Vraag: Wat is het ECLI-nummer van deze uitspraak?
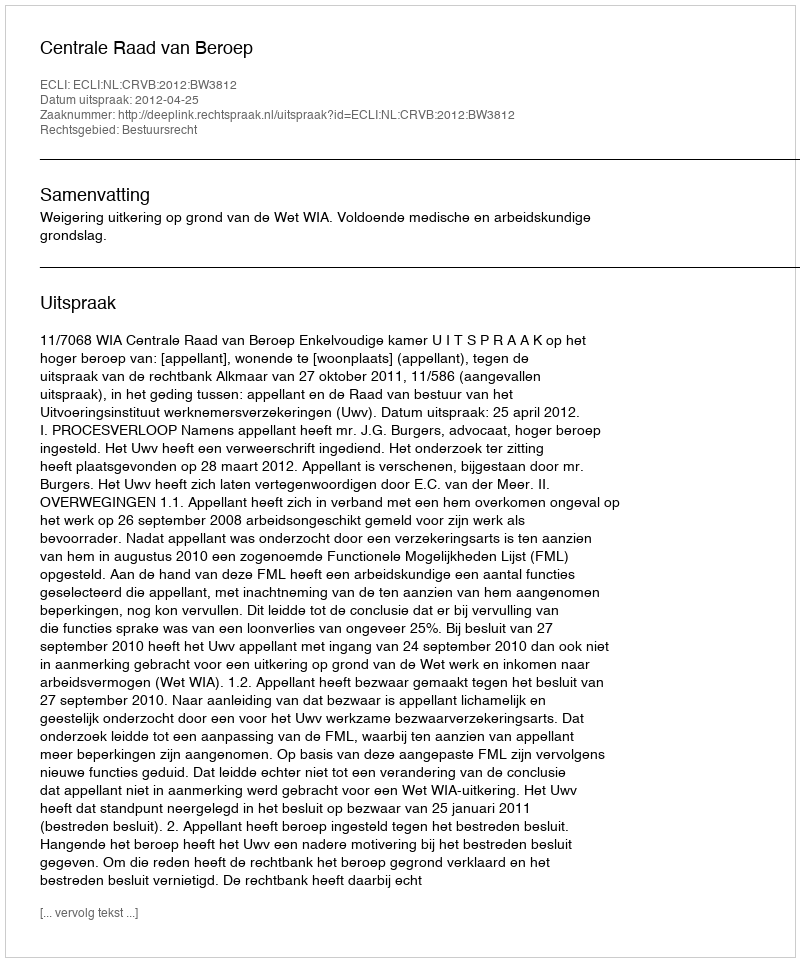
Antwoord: ECLI:NL:CRVB:2012:BW3812